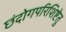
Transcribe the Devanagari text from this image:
छंदोगपरिशिष्टेतु